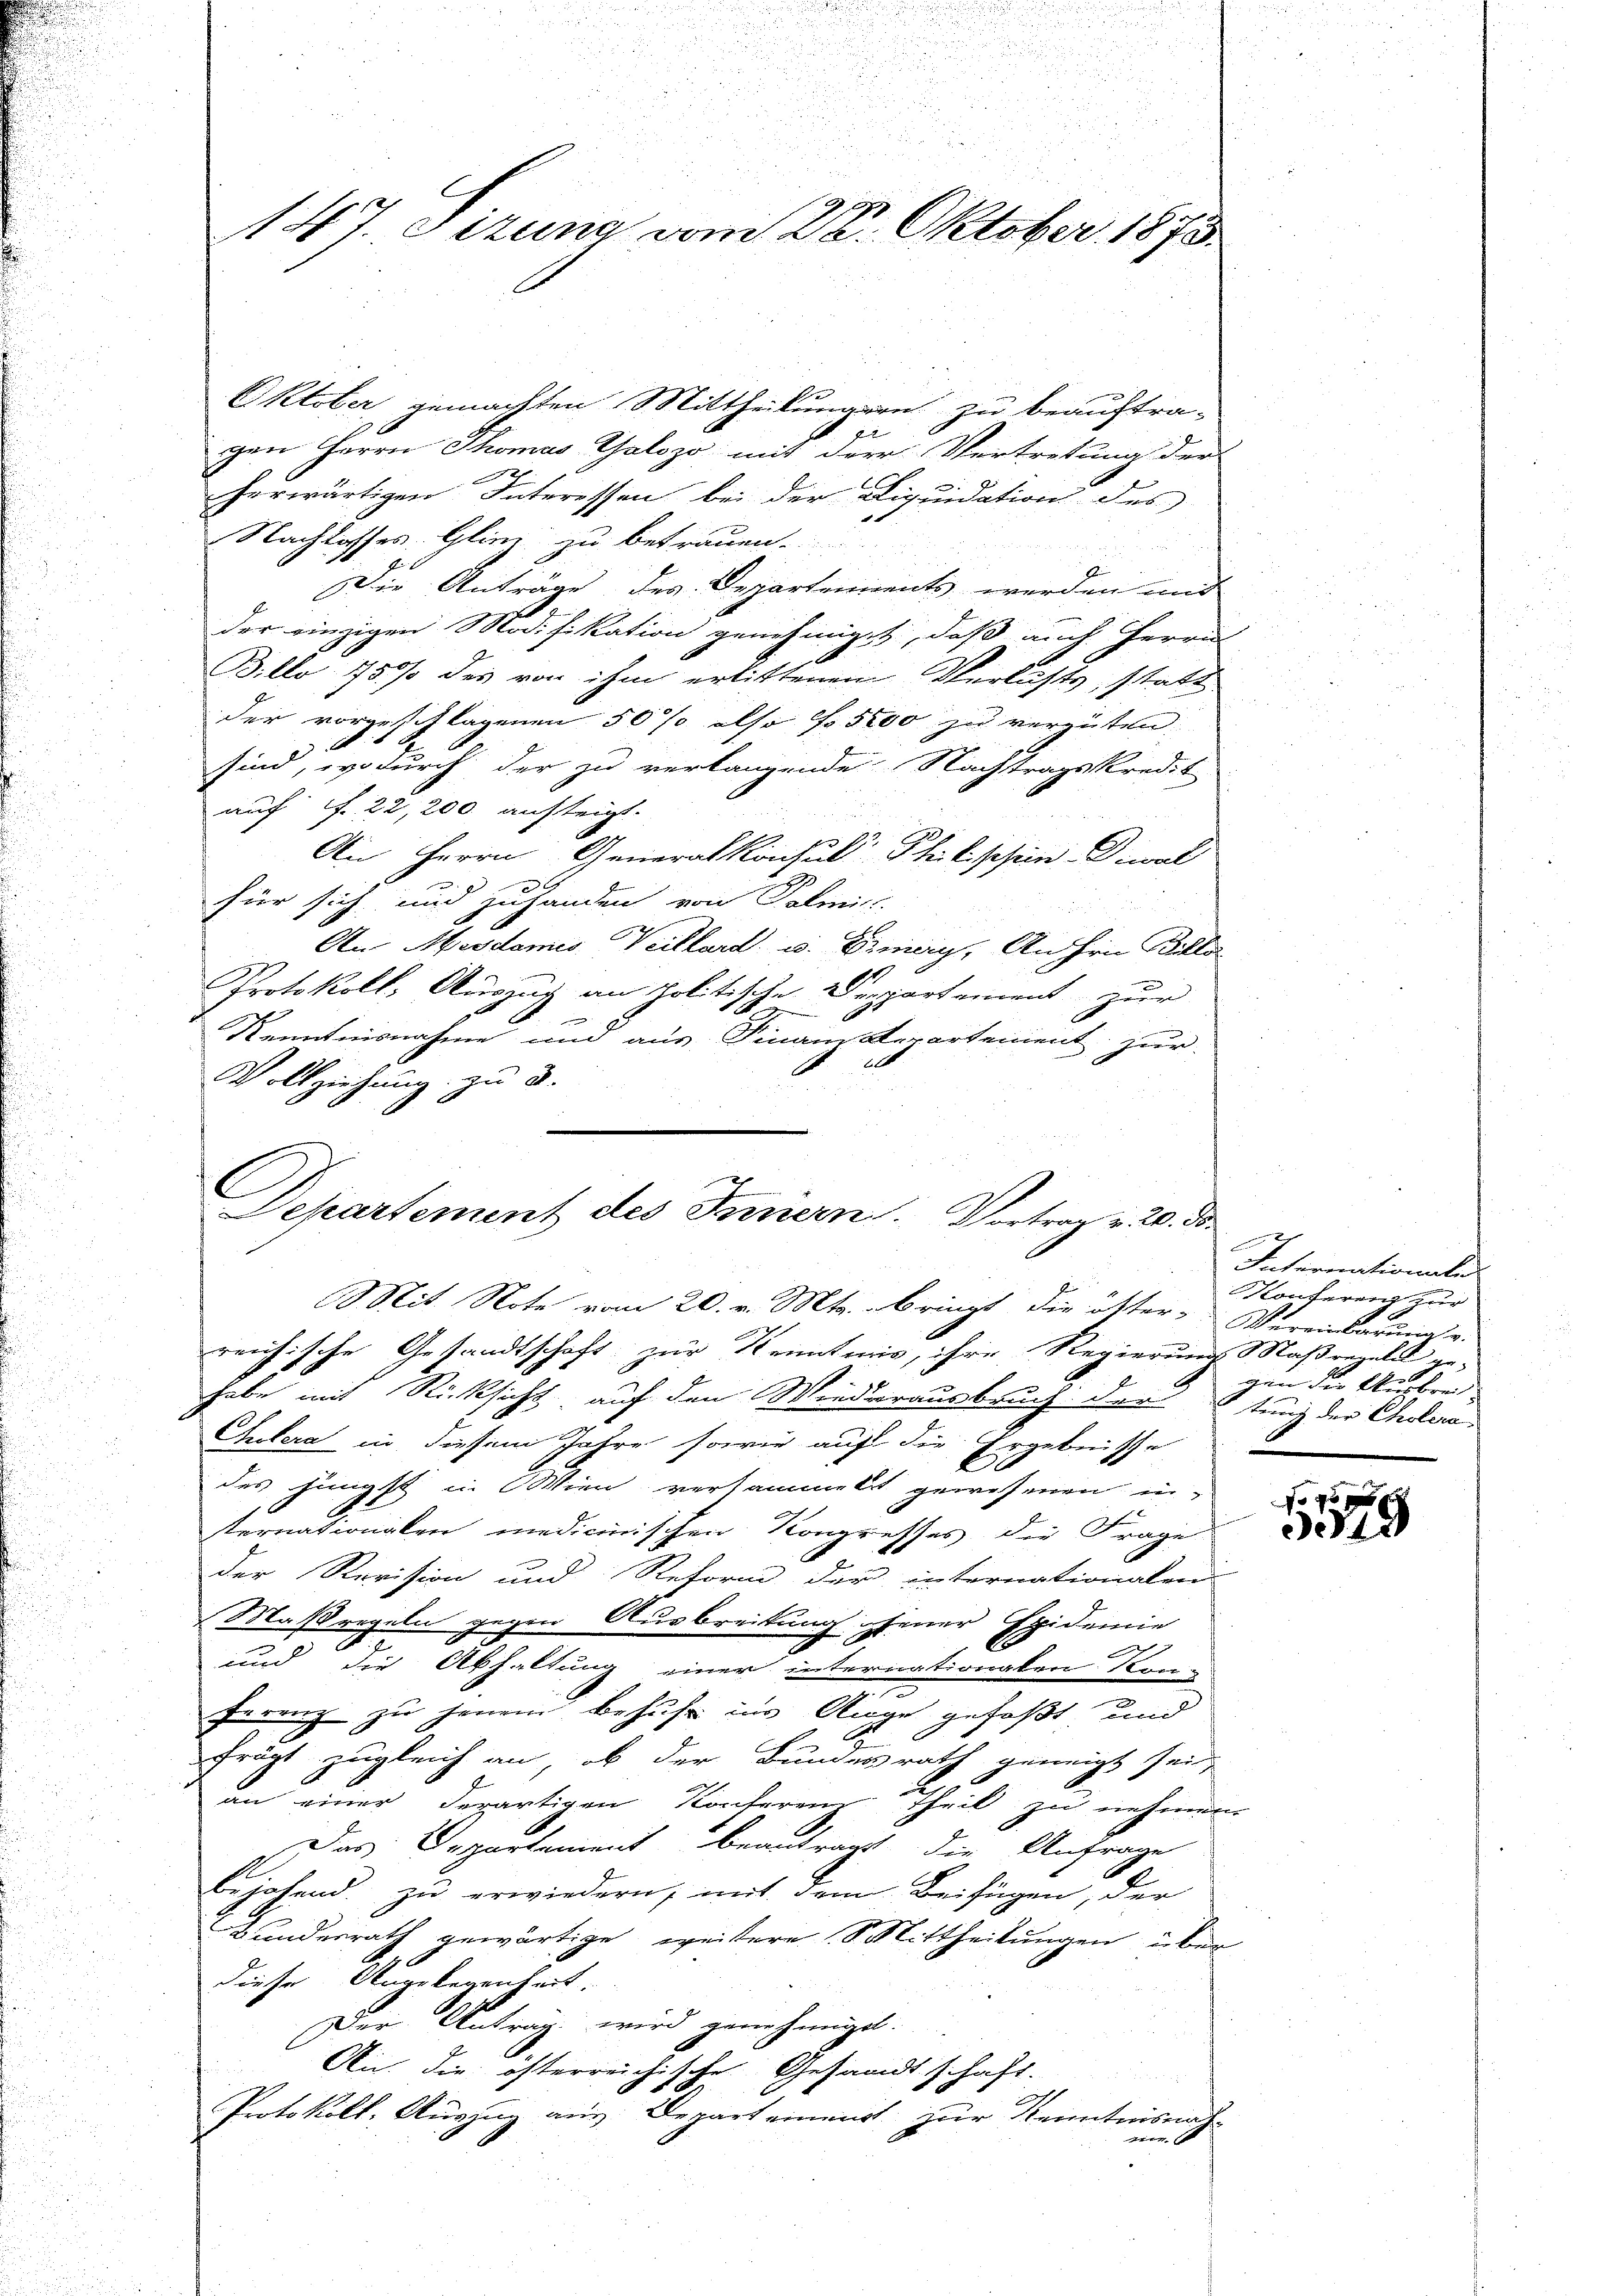
147. Sizung vom 28. Oktober 1873.

Oktober gemachten Mittheilungern zu beauftra-
8
gen Herrn Thomas Galozo mit der Vertretung der
herwärtigen Interessen bei der Liquidation des
Nachlosses Glinz zu betrauen.
Die Anträge des Departements werden und
der einzigen Modifikation genehmiget, daß auch Herrn
Billo 755/ des von ihm erlittenem Verlusts, statt
der vorgeschlagenen 50% also fr. 5000 zu vergüten.
sind, wodurch der zu verlangende Nachtragskredit
auf if. 22, 200 aufteigt.
An Herrn Generalkonsul Philippin Diwal
x
für sich und zuhanden von Palmit
An Mesdemis Veillard, u. Eimery, Anihrn Billa
Protokoll, Auszug an politische Departement zur
Kenntnisnahme und aus Finanderartement zur
L
Vollziehung zu d
Mit Note vom 20. v. Mts. bringt die öfter Vereinbarunge
reichische Gesandtschaft zur Kenntnis, ihre Regierung Maßregeln ge-
habe mit Rücksicht auf den Wiederausbruch der stung der Anlaa¬
Cholera in diesem Jahre sowie auf die Ergebnisse
des Jüngst in Wien versammelt gewesenen in-
ternationalen medicinischen Kongresses der Frage
Der Revision und Reform der internationaler
Massregeln gegen Ausbreitung jener Epidemie

und die Abhaltung einer internationalen Kon-
ferenz zu jenem Behufe ins Auge gefaßt und
frägt zugleich an, ob der Bundesrath geneigt sei,
an einer derartigen Konferen Theil zu nehmen
Das Departement beantragt, die Anfrage
bejahend. zŭ erwiedern, mit dem Beifügen, der
Bundesrath gewärtige weitere Mittheilungen über
diese Angelegenheit.
Der Antrag wird genehmiget.
An die öfterreichische Gesandtschaft.
u
Protokoll, Auszug aus. Depart einmit zur Kenntnisnah
er

Departement des Innern. Vortrag v. 20. ds.

2
Internationale
Konferenz zur
gen der Ausbrei
F

u

f 45 x
349